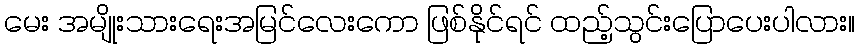
မေး အမျိုးသားရေးအမြင်လေးကော ဖြစ်နိုင်ရင် ထည့်သွင်းပြောပေးပါလား။